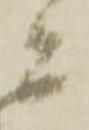
ニ